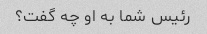
رئیس شما به او چه گفت؟